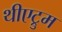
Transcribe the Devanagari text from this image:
थीएट्रुम